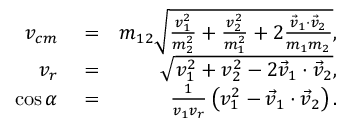
\begin{array} { r l r } { v _ { c m } } & { { } = } & { m _ { 1 2 } \sqrt { \frac { v _ { 1 } ^ { 2 } } { m _ { 2 } ^ { 2 } } + \frac { v _ { 2 } ^ { 2 } } { m _ { 1 } ^ { 2 } } + 2 \frac { \vec { v } _ { 1 } \cdot \vec { v } _ { 2 } } { m _ { 1 } m _ { 2 } } } , } \\ { v _ { r } } & { { } = } & { \sqrt { v _ { 1 } ^ { 2 } + v _ { 2 } ^ { 2 } - 2 \vec { v } _ { 1 } \cdot \vec { v } _ { 2 } } , } \\ { \cos \alpha } & { { } = } & { \frac { 1 } { v _ { 1 } v _ { r } } \left( v _ { 1 } ^ { 2 } - \vec { v } _ { 1 } \cdot \vec { v } _ { 2 } \right) . } \end{array}